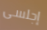
إجلسى